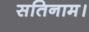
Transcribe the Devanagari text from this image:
सतिनाम।